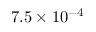
7 . 5 \times 1 0 ^ { - 4 }